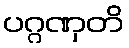
ပဂ္ဂဏှတိ